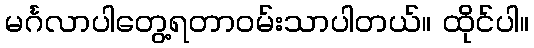
မင်္ဂလာပါတွေ့ရတာဝမ်းသာပါတယ်။ ထိုင်ပါ။